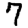
Digit: 7